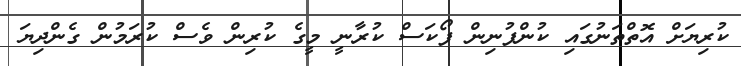
ކުރިޔަށް އޮތްތަނުގައި ކުންފުނިން ފޯކަސް ކުރާނީ މީގެ ކުރިން ވެސް ކުރަމުން ގެންދިޔަ